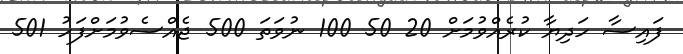
ފައިސާ ހަދިޔާ ކުރެއްވުމަށް 20 50 100 ނުވަތަ 500 ޖެއްސެވުމަށްފަހު 501